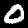
Digit: 0